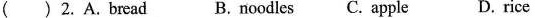
( )2.A.bread B. noodles C. apple D. rice